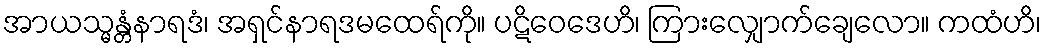
အာယသ္မန္တံနာရဒံ၊ အရှင်နာရဒမထေရ်ကို။ ပဋိဝေဒေဟိ၊ ကြားလျှောက်ချေလော။ ကထံဟိ၊